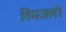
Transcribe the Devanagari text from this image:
तिमजली